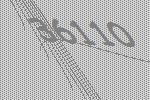
36110